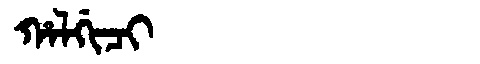
Manchu: ᡥᠠᠯᡤᡳᠴᡳ
Romanization: HALGICI